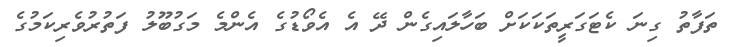
ތަފާތު ގިނަ ކެޓަގަރީތަކަކަށް ބަހާލައިގެން ދޭ އެ އެވޯޑުގެ އެންމެ މަގުބޫލު ފަތުރުވެރިކަމުގެ